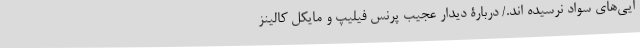
ایی‌های سواد نرسیده اند./ دربارۀ دیدار عجیب پرنس فیلیپ و مایکل کالینز